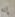
إنه